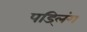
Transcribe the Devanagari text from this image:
पड्लिंग